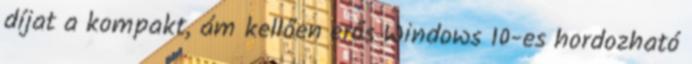
díjat a kompakt, ám kellően erős Windows 10-es hordozható